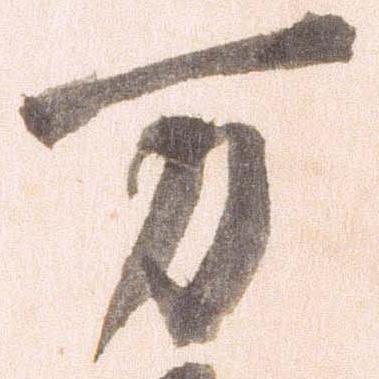
万